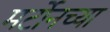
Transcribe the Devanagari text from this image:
मर्टोनच्या